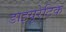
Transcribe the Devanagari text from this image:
डाइयूरेटिक